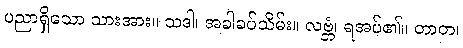
ပညာရှိသော သားအား။ သဒါ၊ အခါခပ်သိမ်း။ လဗ္ဘံ၊ ရအပ်၏။ တာတ၊